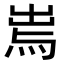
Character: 𤉐